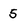
Character: 5